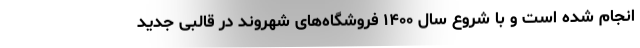
انجام شده است و با شروع سال ۱۴۰۰ فروشگاه‌های شهروند در قالبی جدید